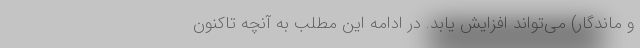
و ماندگار) می‌تواند افزایش یابد. در ادامه این مطلب به آنچه تاکنون